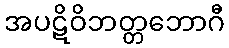
အပဋိဝိဘတ္တဘောဂီ